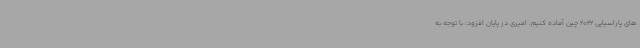
های پاراسیایی 2022 چین آماده کنیم. امیری در پایان افزود: با توجه به